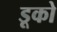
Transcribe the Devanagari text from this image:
डूको